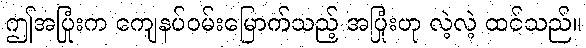
ဤအပြုံးက ကျေနပ်ဝမ်းမြောက်သည့် အပြုံးဟု လဲ့လဲ့ ထင်သည်။